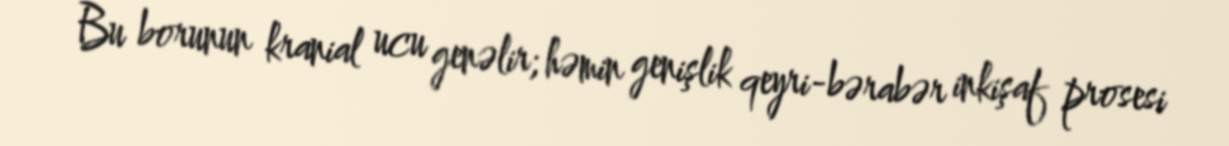
Bu borunun kranial ucu genəlir; həmin genişlik qeyri-bərabər inkişaf prosesi